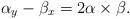
LaTeX: \begin{align*} \alpha_y - \beta_x = 2\alpha\times\beta.\end{align*}